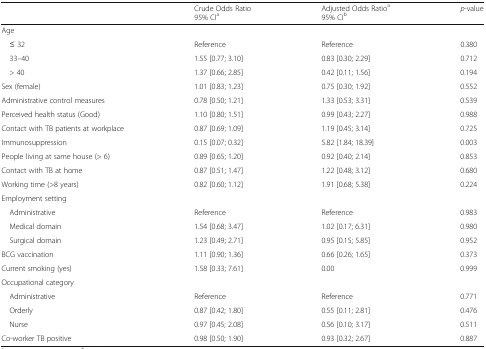
<table><thead><tr><td></td><td><b>Crude Odds Ratio95% CI<sup>a</sup></b></td><td><b>Adjusted Odds Ratio<sup>a</sup>95% CI<sup>b</sup></b></td><td><b><i>p</i>-value</b></td></tr></thead><tbody><tr><td colspan="4">Age</td></tr><tr><td> ≤ 32</td><td>Reference</td><td>Reference</td><td>0.380</td></tr><tr><td> 33–40</td><td>1.55 [0.77; 3.10]</td><td>0.83 [0.30; 2.29]</td><td>0.712</td></tr><tr><td> &gt; 40</td><td>1.37 [0.66; 2.85]</td><td>0.42 [0.11; 1.56]</td><td>0.194</td></tr><tr><td>Sex (female)</td><td>1.01 [0.83; 1.23]</td><td>0.75 [0.30; 1.92]</td><td>0.552</td></tr><tr><td>Administrative control measures</td><td>0.78 [0.50; 1.21]</td><td>1.33 [0.53; 3.31]</td><td>0.539</td></tr><tr><td>Perceived health status (Good)</td><td>1.10 [0.80; 1.51]</td><td>0.99 [0.43; 2.27]</td><td>0.988</td></tr><tr><td>Contact with TB patients at workplace</td><td>0.87 [0.69; 1.09]</td><td>1.19 [0.45; 3.14]</td><td>0.725</td></tr><tr><td>Immunosuppression</td><td>0.15 [0.07; 0.32]</td><td>5.82 [1.84; 18.39]</td><td>0.003</td></tr><tr><td>People living at same house (&gt; 6)</td><td>0.89 [0.65; 1.20]</td><td>0.92 [0.40; 2.14]</td><td>0.853</td></tr><tr><td>Contact with TB at home</td><td>0.87 [0.51; 1.47]</td><td>1.22 [0.48; 3.12]</td><td>0.680</td></tr><tr><td>Working time (&gt;8 years)</td><td>0.82 [0.60; 1.12]</td><td>1.91 [0.68; 5.38]</td><td>0.224</td></tr><tr><td colspan="4">Employment setting</td></tr><tr><td> Administrative</td><td>Reference</td><td>Reference</td><td>0.983</td></tr><tr><td> Medical domain</td><td>1.54 [0.68; 3.47]</td><td>1.02 [0.17; 6.31]</td><td>0.980</td></tr><tr><td> Surgical domain</td><td>1.23 [0.49; 2.71]</td><td>0.95 [0.15; 5.85]</td><td>0.952</td></tr><tr><td>BCG vaccination</td><td>1.11 [0.90; 1.36]</td><td>0.66 [0.26; 1.65]</td><td>0.373</td></tr><tr><td>Current smoking (yes)</td><td>1.58 [0.33; 7.61]</td><td>0.00</td><td>0.999</td></tr><tr><td colspan="4">Occupational category</td></tr><tr><td> Administrative</td><td>Reference</td><td>Reference</td><td>0.771</td></tr><tr><td> Orderly</td><td>0.87 [0.42; 1.80]</td><td>0.55 [0.11; 2.81]</td><td>0.476</td></tr><tr><td> Nurse</td><td>0.97 [0.45; 2.08]</td><td>0.56 [0.10; 3.17]</td><td>0.511</td></tr><tr><td>Co-worker TB positive</td><td>0.98 [0.50; 1.90]</td><td>0.93 [0.32; 2.67]</td><td>0.887</td></tr></tbody></table>